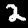
Digit: 2